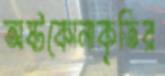
অষ্টকোনাকৃতির